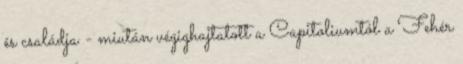
és családja - miután végighajtatott a Capitoliumtól a Fehér